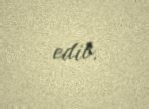
edib.